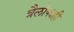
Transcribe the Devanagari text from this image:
त्रैलोक्यही